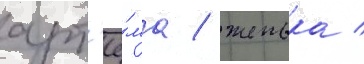
арт'ё́ма / женька /